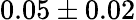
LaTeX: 0.05\pm 0.02